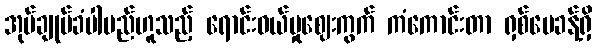
အုပ်ချုပ်ခံပါမည်ဟူသည့် ရောင်းဝယ်မှုဈေးကွက် ကံကောင်းတာ ရှစ်ပေခန့်ရှိ